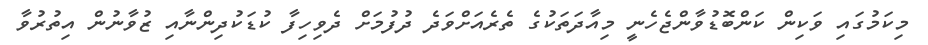
މިކަމުގައި ވަކިން ކަންބޮޑުވާންޖެހެނީ މިއާދަތަކުގެ ތެރެއަށްވަދެ ދުފުމަށް ދެވިހިފާ ކުޑަކުދިންނާއި ޒުވާނުން އިތުރުވާ